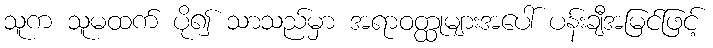
သူက သူမထက် ပို၍ သာသည်မှာ အရာဝတ္ထုများအပေါ် ပန်းချီအမြင်ဖြင့်